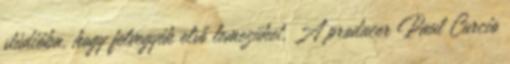
stúdióba, hogy felvegyék első lemezüket. A producer Paul Curcio